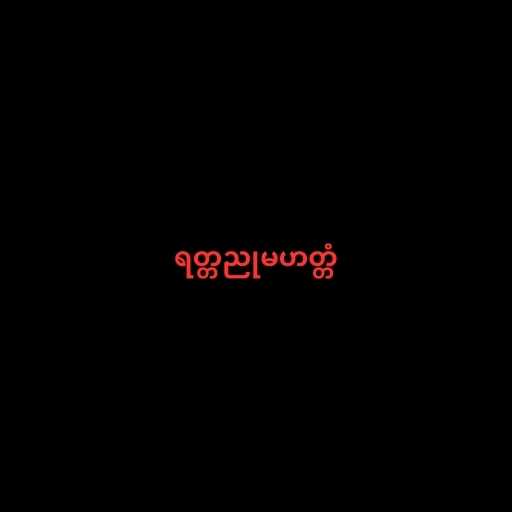
ရတ္တညုမဟတ္တံ